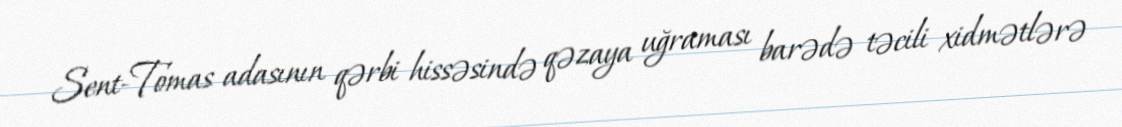
Sent-Tomas adasının qərbi hissəsində qəzaya uğraması barədə təcili xidmətlərə